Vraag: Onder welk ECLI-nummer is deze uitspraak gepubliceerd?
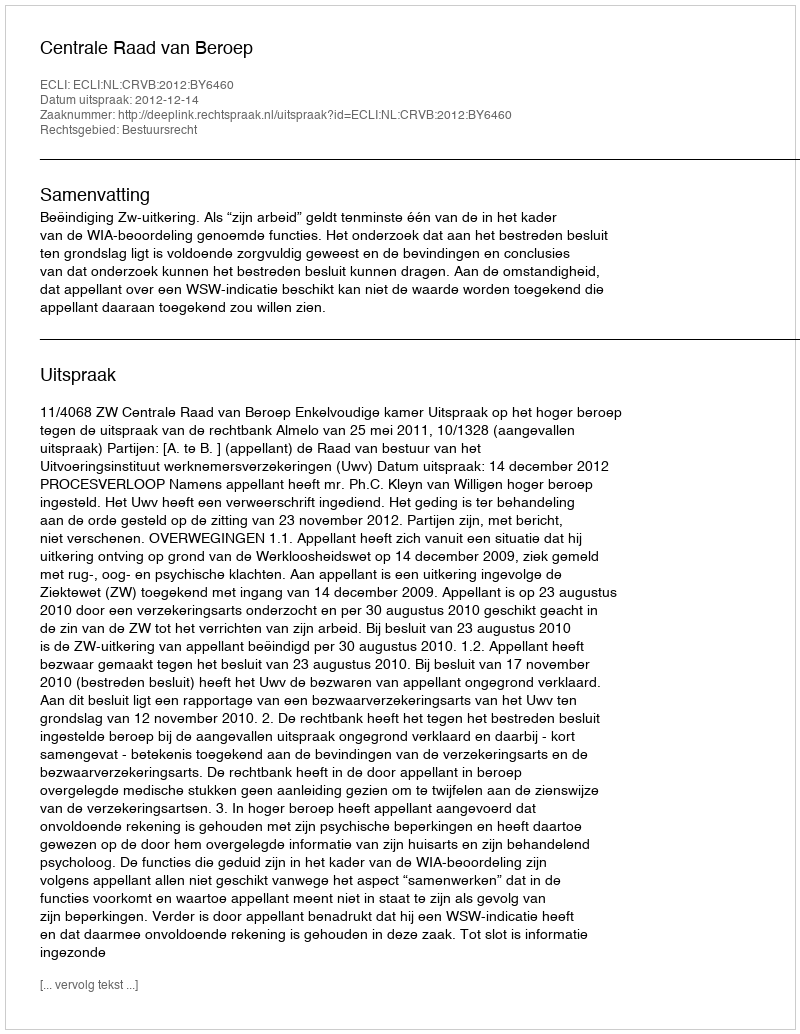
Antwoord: ECLI:NL:CRVB:2012:BY6460